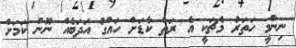
ނިންމީ ހަތަރު މެޗަކީ އެ ރަތް ކާޑަށް ހައްގު އަދަބެއް ނޫން ކަމަށް